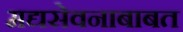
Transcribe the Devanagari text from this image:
मद्यसेवनाबाबत